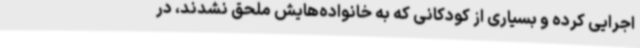
اجرایی کرده و بسیاری از کودکانی که به خانواده‌هایش ملحق نشدند، در